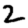
Digit: 2